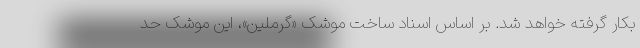
بکار گرفته خواهد شد. بر اساس اسناد ساخت موشک «گرملین»، این موشک حد